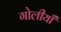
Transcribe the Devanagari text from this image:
गोलीयाँ